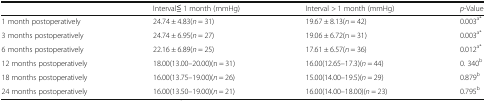
|  | Interval≦ 1 month (mmHg) | Interval > 1 month (mmHg) | p-Value |
 | --- | --- | --- | --- |
 | 1 month postoperatively | 24.74 ± 4.83(n = 31) | 19.67 ± 8.13(n = 42) | 0.003a* |
 | 3 months postoperatively | 24.74 ± 6.95(n = 27) | 19.06 ± 6.72(n = 31) | 0.003a* |
 | 6 months postoperatively | 22.16 ± 6.89(n = 25) | 17.61 ± 6.57(n = 36) | 0.012a* |
 | 12 months postoperatively | 18.00(13.00–20.00)(n = 31) | 16.00(12.65–17.3)(n = 44) | 0. 340b |
 | 18 months postoperatively | 16.00(13.75–19.00)(n = 26) | 15.00(14.00–19.5)(n = 29) | 0.879b |
 | 24 months postoperatively | 16.00(13.50–19.00)(n = 21) | 16.00(14.00–18.00)(n = 23) | 0.795b |